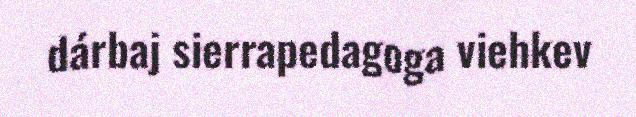
dárbaj sierrapedagoga viehkev